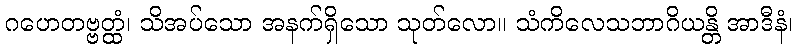
ဂဟေတဗ္ဗတ္ထံ၊ သိအပ်သော အနက်ရှိသော သုတ်လော။ သံကိလေသဘာဂိယန္တိ အာဒီနံ၊